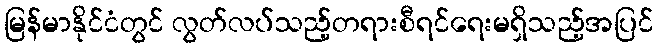
မြန်မာနိုင်ငံတွင် လွတ်လပ်သည့်တရားစီရင်ရေးမရှိသည့်အပြင်